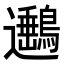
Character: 𨙡